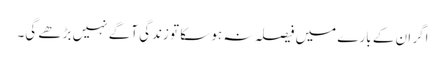
اگر ان کے بارے میں فیصلہ نہ ہو سکا تو زندگی آگے نہیں بڑھے گی۔